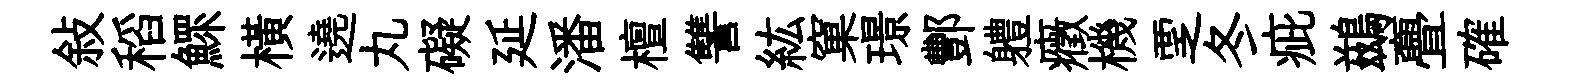
敍稻鰥横遶丸礙延潘檀讐紘窠璟酆軆癥機覂冬疵鷀亹確